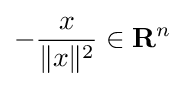
-{\frac {x}{\|x\|^{2}}}\in \mathbf {R} ^{n}